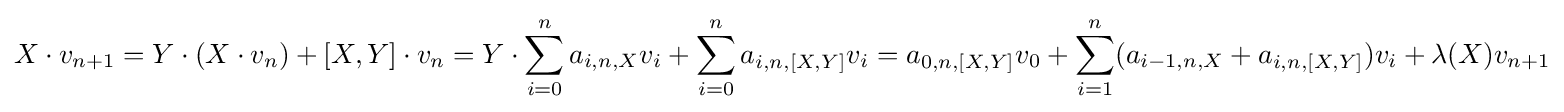
X\cdot v_{n+1}=Y\cdot (X\cdot v_{n})+[X,Y]\cdot v_{n}=Y\cdot \sum _{i=0}^{n}a_{i,n,X}v_{i}+\sum _{i=0}^{n}a_{i,n,[X,Y]}v_{i}=a_{0,n,[X,Y]}v_{0}+\sum _{i=1}^{n}(a_{i-1,n,X}+a_{i,n,[X,Y]})v_{i}+\lambda (X)v_{n+1}